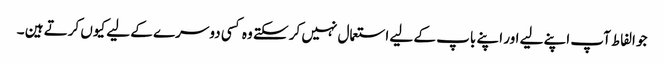
جو الفاط آپ اپنے لیے اور اپنے باپ کے لیے استعمال نہیں کر سکتے وہ کسی دوسرے کے لیے کیوں کرتے ہین ۔